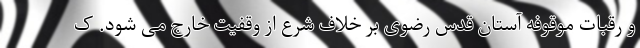
و رقبات موقوفه آستان قدس رضوی بر خلاف شرع از وقفیت خارج می شود. ک